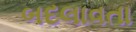
બદલાવતા